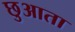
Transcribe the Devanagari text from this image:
छुआता